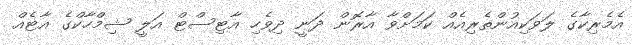
އެމެރިކާގެ ލަވަކިއުންތެރިއެއް ކަމަށްވާ އާރޮން ދަނީ ދިވެހި އާޓިސްޓް އަލީ ޝިމްހާކްގެ އާޓެއް